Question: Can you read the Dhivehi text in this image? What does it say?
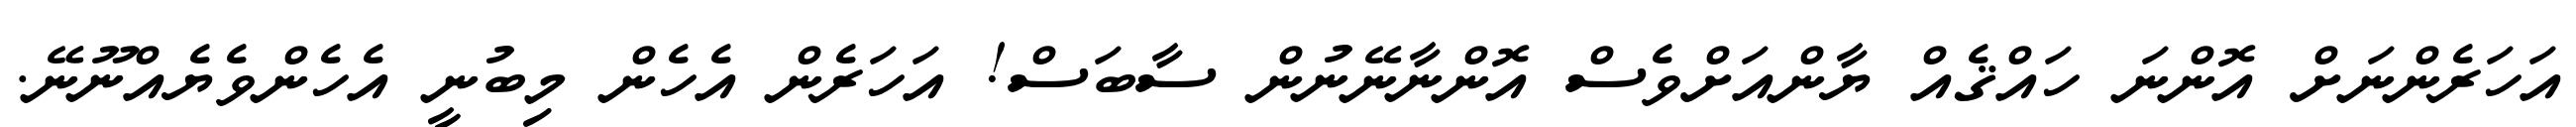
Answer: އަހަރެންނަށް އޮންނަ ހައްޤެއް ޔާންއަށްވެސް އޮންނާނޭނުން ސާބަސް! އަހަރެން އެހެން މިބުނީ އެހެންވެޔެއްނޫނޭ.